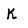
Character: K